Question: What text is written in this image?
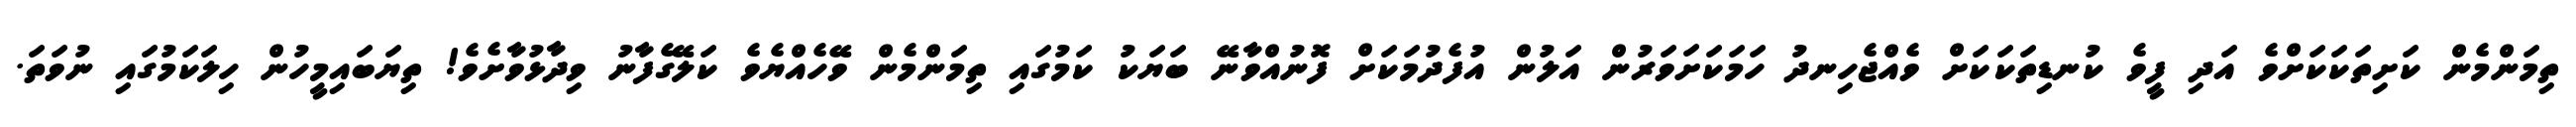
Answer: ތިމަންމެން ކަށިތަކަކަށްވެ އަދި ފީވެ ކުނޑިތަކަކަށް ވެއްޖެހިނދު ހަމަކަށަވަރުން އަލުން އުފެދުމަކަށް ފޮނުއްވާނޭ ބަޔަކު ކަމުގައި ތިމަންމެން ވޭހެއްޔެވެ ކަލޭގެފާނު ވިދާޅުވާށެވެ! ތިޔަބައިމީހުން ހިލަކަމުގައި ނުވަތަ.